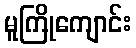
မူကြိုကျောင်း